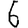
Digit: 6